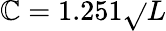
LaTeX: \mathbb{C}=1.251{\sqrt{}{{L}}}